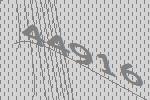
44916